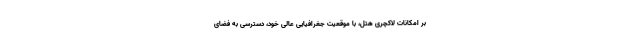
بر امکانات لاکچری هتل، با موقعیت جغرافیایی عالی خود، دسترسی به فضای